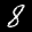
Label: 8